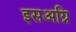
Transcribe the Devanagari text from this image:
इसअग्नि